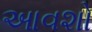
આવશો